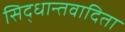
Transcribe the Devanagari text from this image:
सिद्धान्तवादिता